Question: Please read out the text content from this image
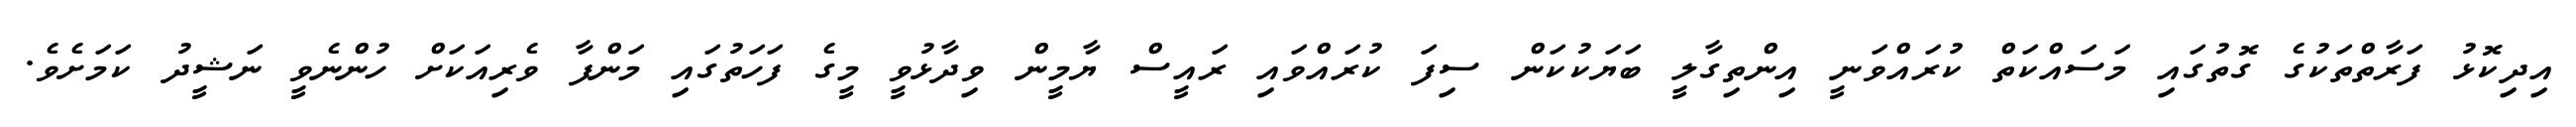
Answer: އިދިކޮޅު ފަރާތްތަކުގެ ގޮތުގައި މަސައްކަތް ކުރައްވަނީ އިންތިގާލީ ބަޔަކުކަން ސިފަ ކުރައްވައި ރައީސް ޔާމީން ވިދާޅުވީ މީގެ ފަހަތުގައި މަންފާ ވެރިއަކަށް ހުންނެވީ ނަޝީދު ކަމަށެވެ.